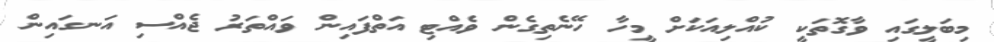
މިބަލީގައި ވާގޮތަކީ ކުއްލިއަކަށް މީހާ ހޭނެތިގެން ވެއްޓި އަތްފައިން ވައްތަރު ޖެއްސި އަނގައިން